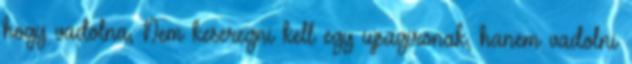
hogy vadolna, Nem keseregni kell egy ujsagironak, hanem vadolni